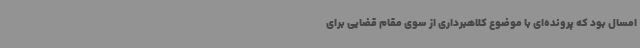
امسال بود که پرونده‌ای با موضوع کلاهبرداری از سوی مقام قضایی برای